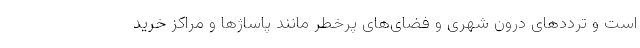
است و تردد‌های درون شهری و فضای‌های پرخطر مانند پاساژ‌ها و مراکز خرید